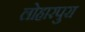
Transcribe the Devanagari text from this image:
लोहारपुरा